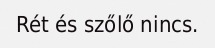
Rét és szőlő nincs.